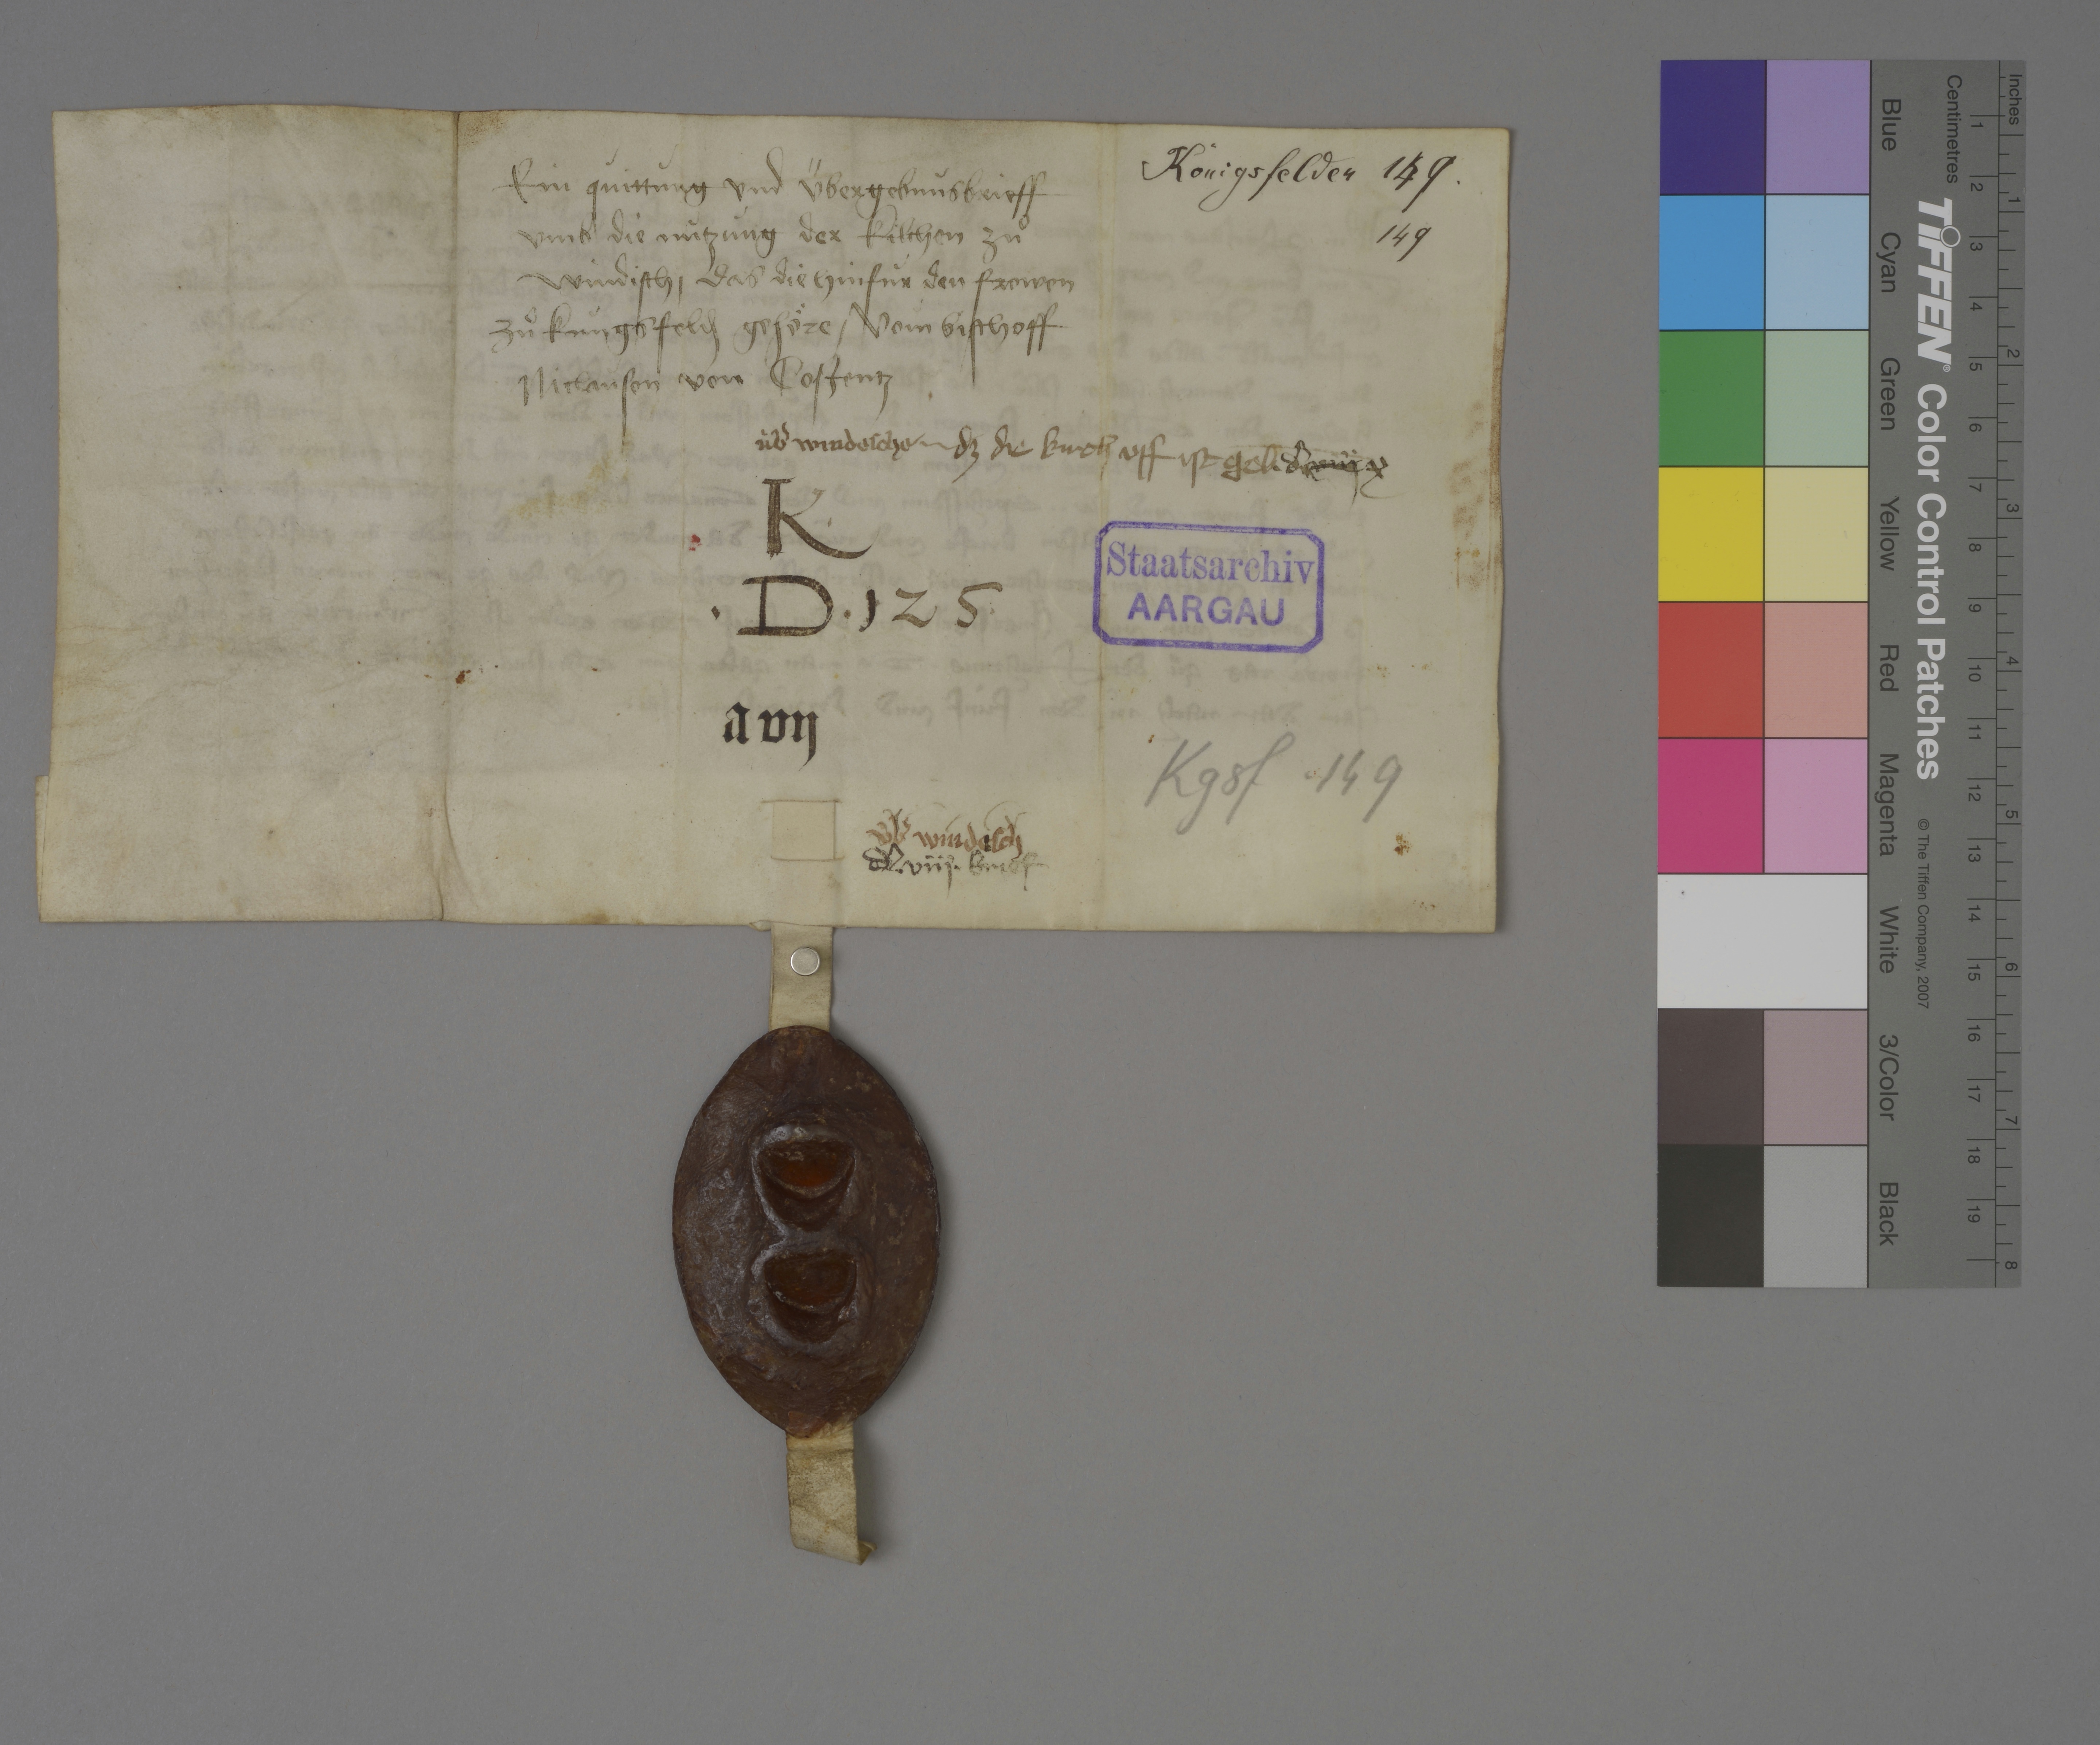
ein qùittùng und übergebnùsbrieff
umb die nùtzùng der kilchen zuͦ
Windisch ✳ das die hinfùr den frowen
zuͦ Kùngsfeld₎ gehöre ✳ vom bischoff
Niclaùsen von Costentz

Königsfelden 149.
149

dz die kirch uff ist geb̄ ✳

ùbˀ Windeschen

dˀ viij x

K ✳
✳ D ✳ 125 ✳

Staatsarchiv
AARGAU

a vij

Kgsf. 149

ùbˀ Windisch

dˀ ✳ viij ✳ brief ✳